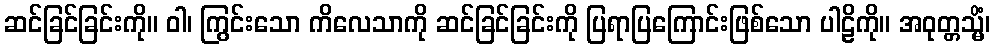
ဆင်ခြင်ခြင်းကို။ ဝါ၊ ကြွင်းသော ကိလေသာကို ဆင်ခြင်ခြင်းကို ပြရာပြကြောင်းဖြစ်သော ပါဠိကို။ အဝုတ္တသ္မိံ၊